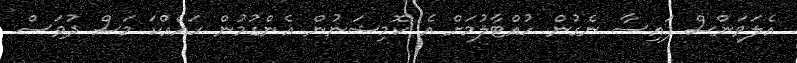
އެލަވަންސް ފައިސާ ނެގުން ހުއްޓާލުމަށް އެ ކޮމިޝަނުން އެންގުމުން ހައެއްކަ މަސް ދުވަސް